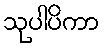
သုပါပိကာ